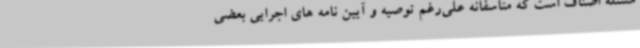
مسئله اصناف است که متاسفانه علی‌رغم توصیه و آیین نامه های اجرایی بعضی